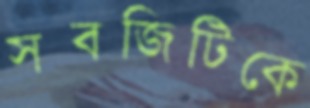
সবজিটিকে